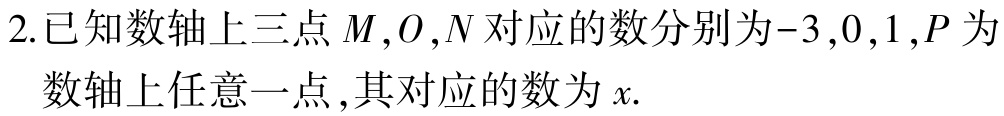
2.已知数轴上三点\(M,O,N\)对应的数分别为\(-3,0,1\)，\(P\)为数轴上任意一点，其对应的数为\(x\).